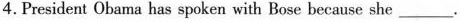
4. President Obama has spoken with Bose because she ___.